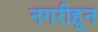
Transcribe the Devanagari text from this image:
नगरीहून